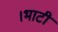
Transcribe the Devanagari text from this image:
।भाटी